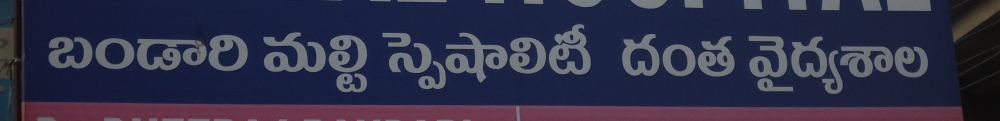
Language: telugu
Transcription: బండారి మల్టి దంత వైద్యశాల స్పెషాలిటీ